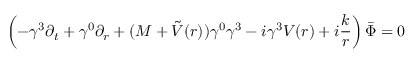
\left( - \gamma ^ { 3 } \partial _ { t } + \gamma ^ { 0 } \partial _ { r } + ( M + \tilde { V } ( r ) ) \gamma ^ { 0 } \gamma ^ { 3 } - i \gamma ^ { 3 } V ( r ) + i \frac k r \right) \bar { \Phi } = 0